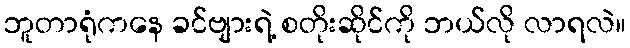
ဘူတာရုံကနေ ခင်ဗျားရဲ့ စတိုးဆိုင်ကို ဘယ်လို လာရလဲ။